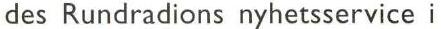
des Rundradions nyhetsservice i